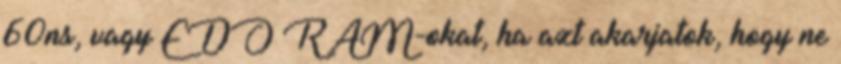
60ns, vagy EDO RAM-okat, ha azt akarjatok, hogy ne